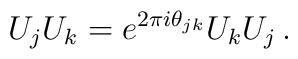
U_{j}U_{k} = e^{2\pi i \theta_{jk}}U_{k}U_{j} \, .